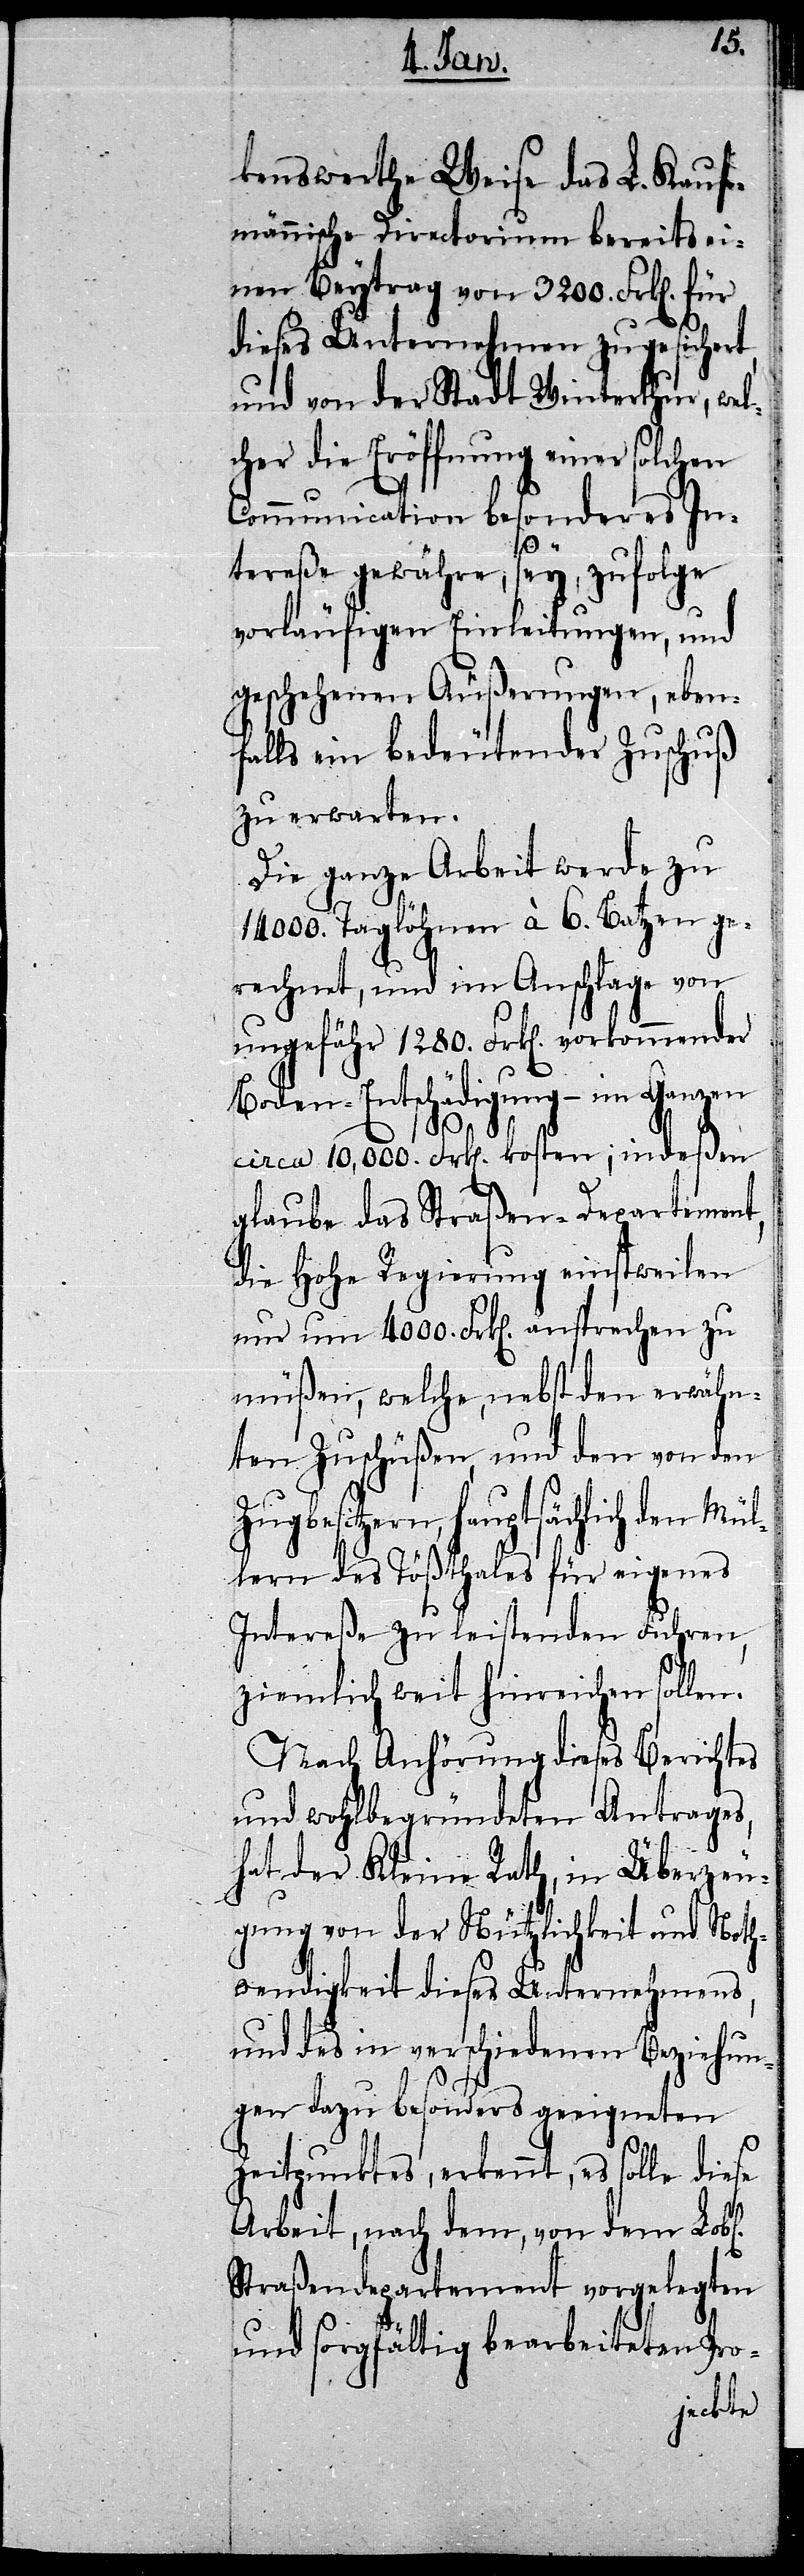
kenswerthe Weise das L. Kauf¬
männische Directorium bereits ei¬
nen Beytrag von 3200. Frk[en].
dieses Unternehmen zugesichert,
und von der Stadt Winterthur, wel¬
cher die Eröffnung einer solchen
Communication besonderes In¬
tereße gewähre, sey, zufolge
vorläufigen Einleitungen, und
geschehenen Äußerungen, eben¬
falls ein bedeutender Zuschuß
zu erwarten.
Die ganze Arbeit werde zu
14000. Taglöhnen à 6. Batzen ge¬
rechnet, und im Anschlage von
ungefähr 1280. Frk[en]. vorkommender
Boden-Entschädigung – im Ganzen
circa 10,000. Frk[en]. kosten; indeßen
glaube das Straßen-Departement,
die Hohe Regierung einstweilen
nur um 4000. Frk[en]. ansprechen zu
müßen, welche, nebst den erwähn¬
ten Zuschüßen, und den von den
sitzern, hauptsächlich den Mü¬
llern des Tößthales für eigenes
Intereße zu leistenden Fuhren,
ziemlich weit hinreichen sollen.
Nach Anhörung dieses Berichtes
und wohlbegründeten Antrages,
hat der Kleine Rath, in Überzeu¬
gung von der Nützlichkeit und Noth¬
wendigkeit dieses Unternehmens,
und des in verschiedenen Beziehun¬
gen dazu besonders geeigneten
Zeitpunktes, erkennt, es solle diese
Arbeit, nach dem, von dem Lob[l¬
Straßendepartement vorgelegten
und sorgfältig bearbeiteten Pro-
ichen]